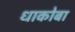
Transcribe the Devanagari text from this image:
धाकोबा